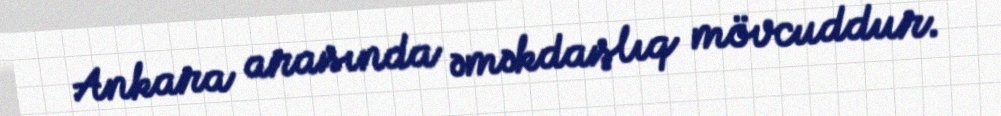
Ankara arasında əməkdaşlıq mövcuddur.